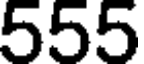
555